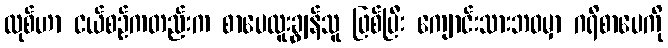
လုစ်ဟာ ငယ်စဉ်ကတည်းက စာပေထူးချွန်သူ ဖြစ်ပြီး ကျောင်းသားဘဝမှာ ဂရိစာပေကို